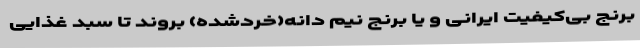
برنج بی‌کیفیت ایرانی و یا برنج نیم دانه(خردشده) بروند تا سبد غذایی